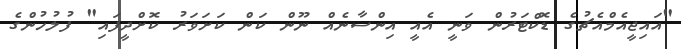
"އައިޖީއެމްއެޗުގެ ޑޮކްޓަރުން ވަނީ އެއީ އިންސާނެއް ނޫން ކަން ކަށަވަރު ކޮށްދީފައި" ފުލުހުންގެ